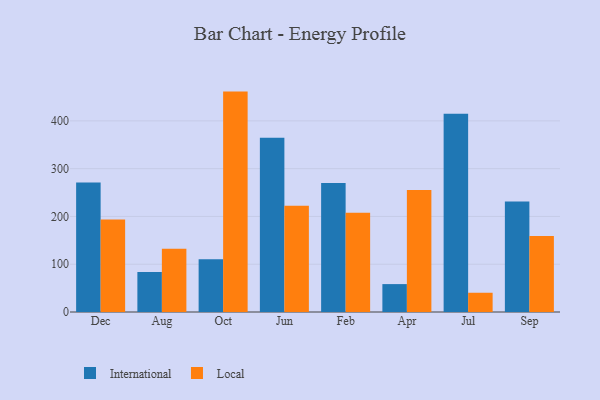
{"axis": {"x": "Month", "y": "Temperature (°C)"}, "legend": ["International", "Local"], "data": [{"x": "Dec", "y": 270.8, "type": "International"}, {"x": "Dec", "y": 193.8, "type": "Local"}, {"x": "Aug", "y": 83.9, "type": "International"}, {"x": "Aug", "y": 132.6, "type": "Local"}, {"x": "Oct", "y": 110.3, "type": "International"}, {"x": "Oct", "y": 461.3, "type": "Local"}, {"x": "Jun", "y": 364.5, "type": "International"}, {"x": "Jun", "y": 222.3, "type": "Local"}, {"x": "Feb", "y": 269.8, "type": "International"}, {"x": "Feb", "y": 207.5, "type": "Local"}, {"x": "Apr", "y": 58.4, "type": "International"}, {"x": "Apr", "y": 255.1, "type": "Local"}, {"x": "Jul", "y": 414.9, "type": "International"}, {"x": "Jul", "y": 40.3, "type": "Local"}, {"x": "Sep", "y": 231.5, "type": "International"}, {"x": "Sep", "y": 159.2, "type": "Local"}]}